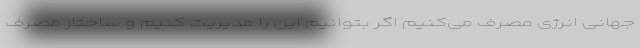
جهانی انرژی مصرف می‌کنیم اگر بتوانیم این را مدیریت کنیم و ساختار مصرف